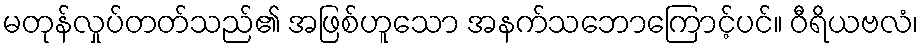
မတုန်လှုပ်တတ်သည်၏ အဖြစ်ဟူသော အနက်သဘောကြောင့်ပင်။ ဝီရိယဗလံ၊